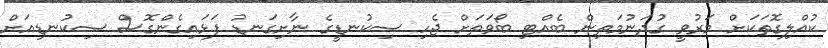
ކުއްލިގޮތަކަށް މަރުވީ ގުދަނުމަތިން ބެއްޓި ބޯވަތަށް ޖެހި ސިކުނޑީގެ ނާށިގަނޑު ފަޅައިގެންގޮސް ސިކުނޑިއަށް